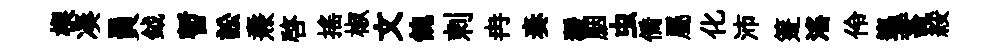
楔凑員鉞暫訟燾啓揺椒文餽剌冉奏猨胭虫僑屬化沛箑滛伶迤蓄綏